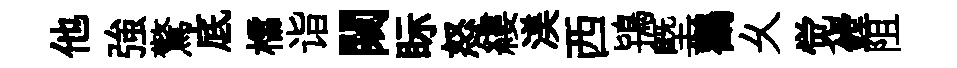
他強驚底櫺诣闚眎怒縷渼西鴇塈鸛乆觉鏜阻